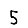
Digit: 5